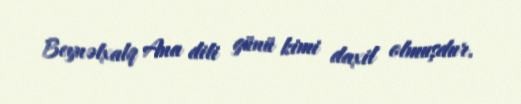
Beynəlxalq Ana dili günü kimi daxil olmuşdur.